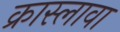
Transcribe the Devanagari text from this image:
क्रास्लावा